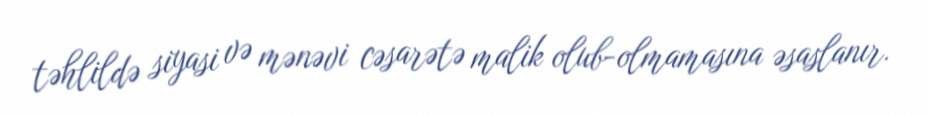
təhlildə siyasi və mənəvi cəsarətə malik olub-olmamasına əsaslanır.